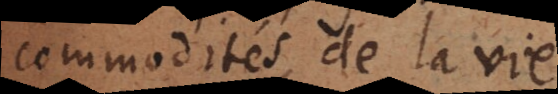
commodités de la vie.